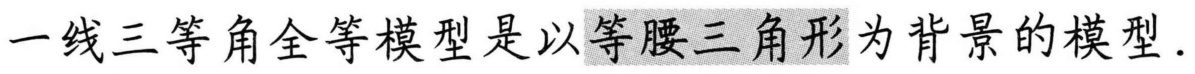
一线三等角全等模型是以等腰三角形为背景的模型.